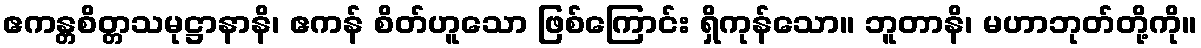
ဧကန္တစိတ္တသမုဋ္ဌာနာနိ၊ ဧကန် စိတ်ဟူသော ဖြစ်ကြောင်း ရှိကုန်သော။ ဘူတာနိ၊ မဟာဘုတ်တို့ကို။